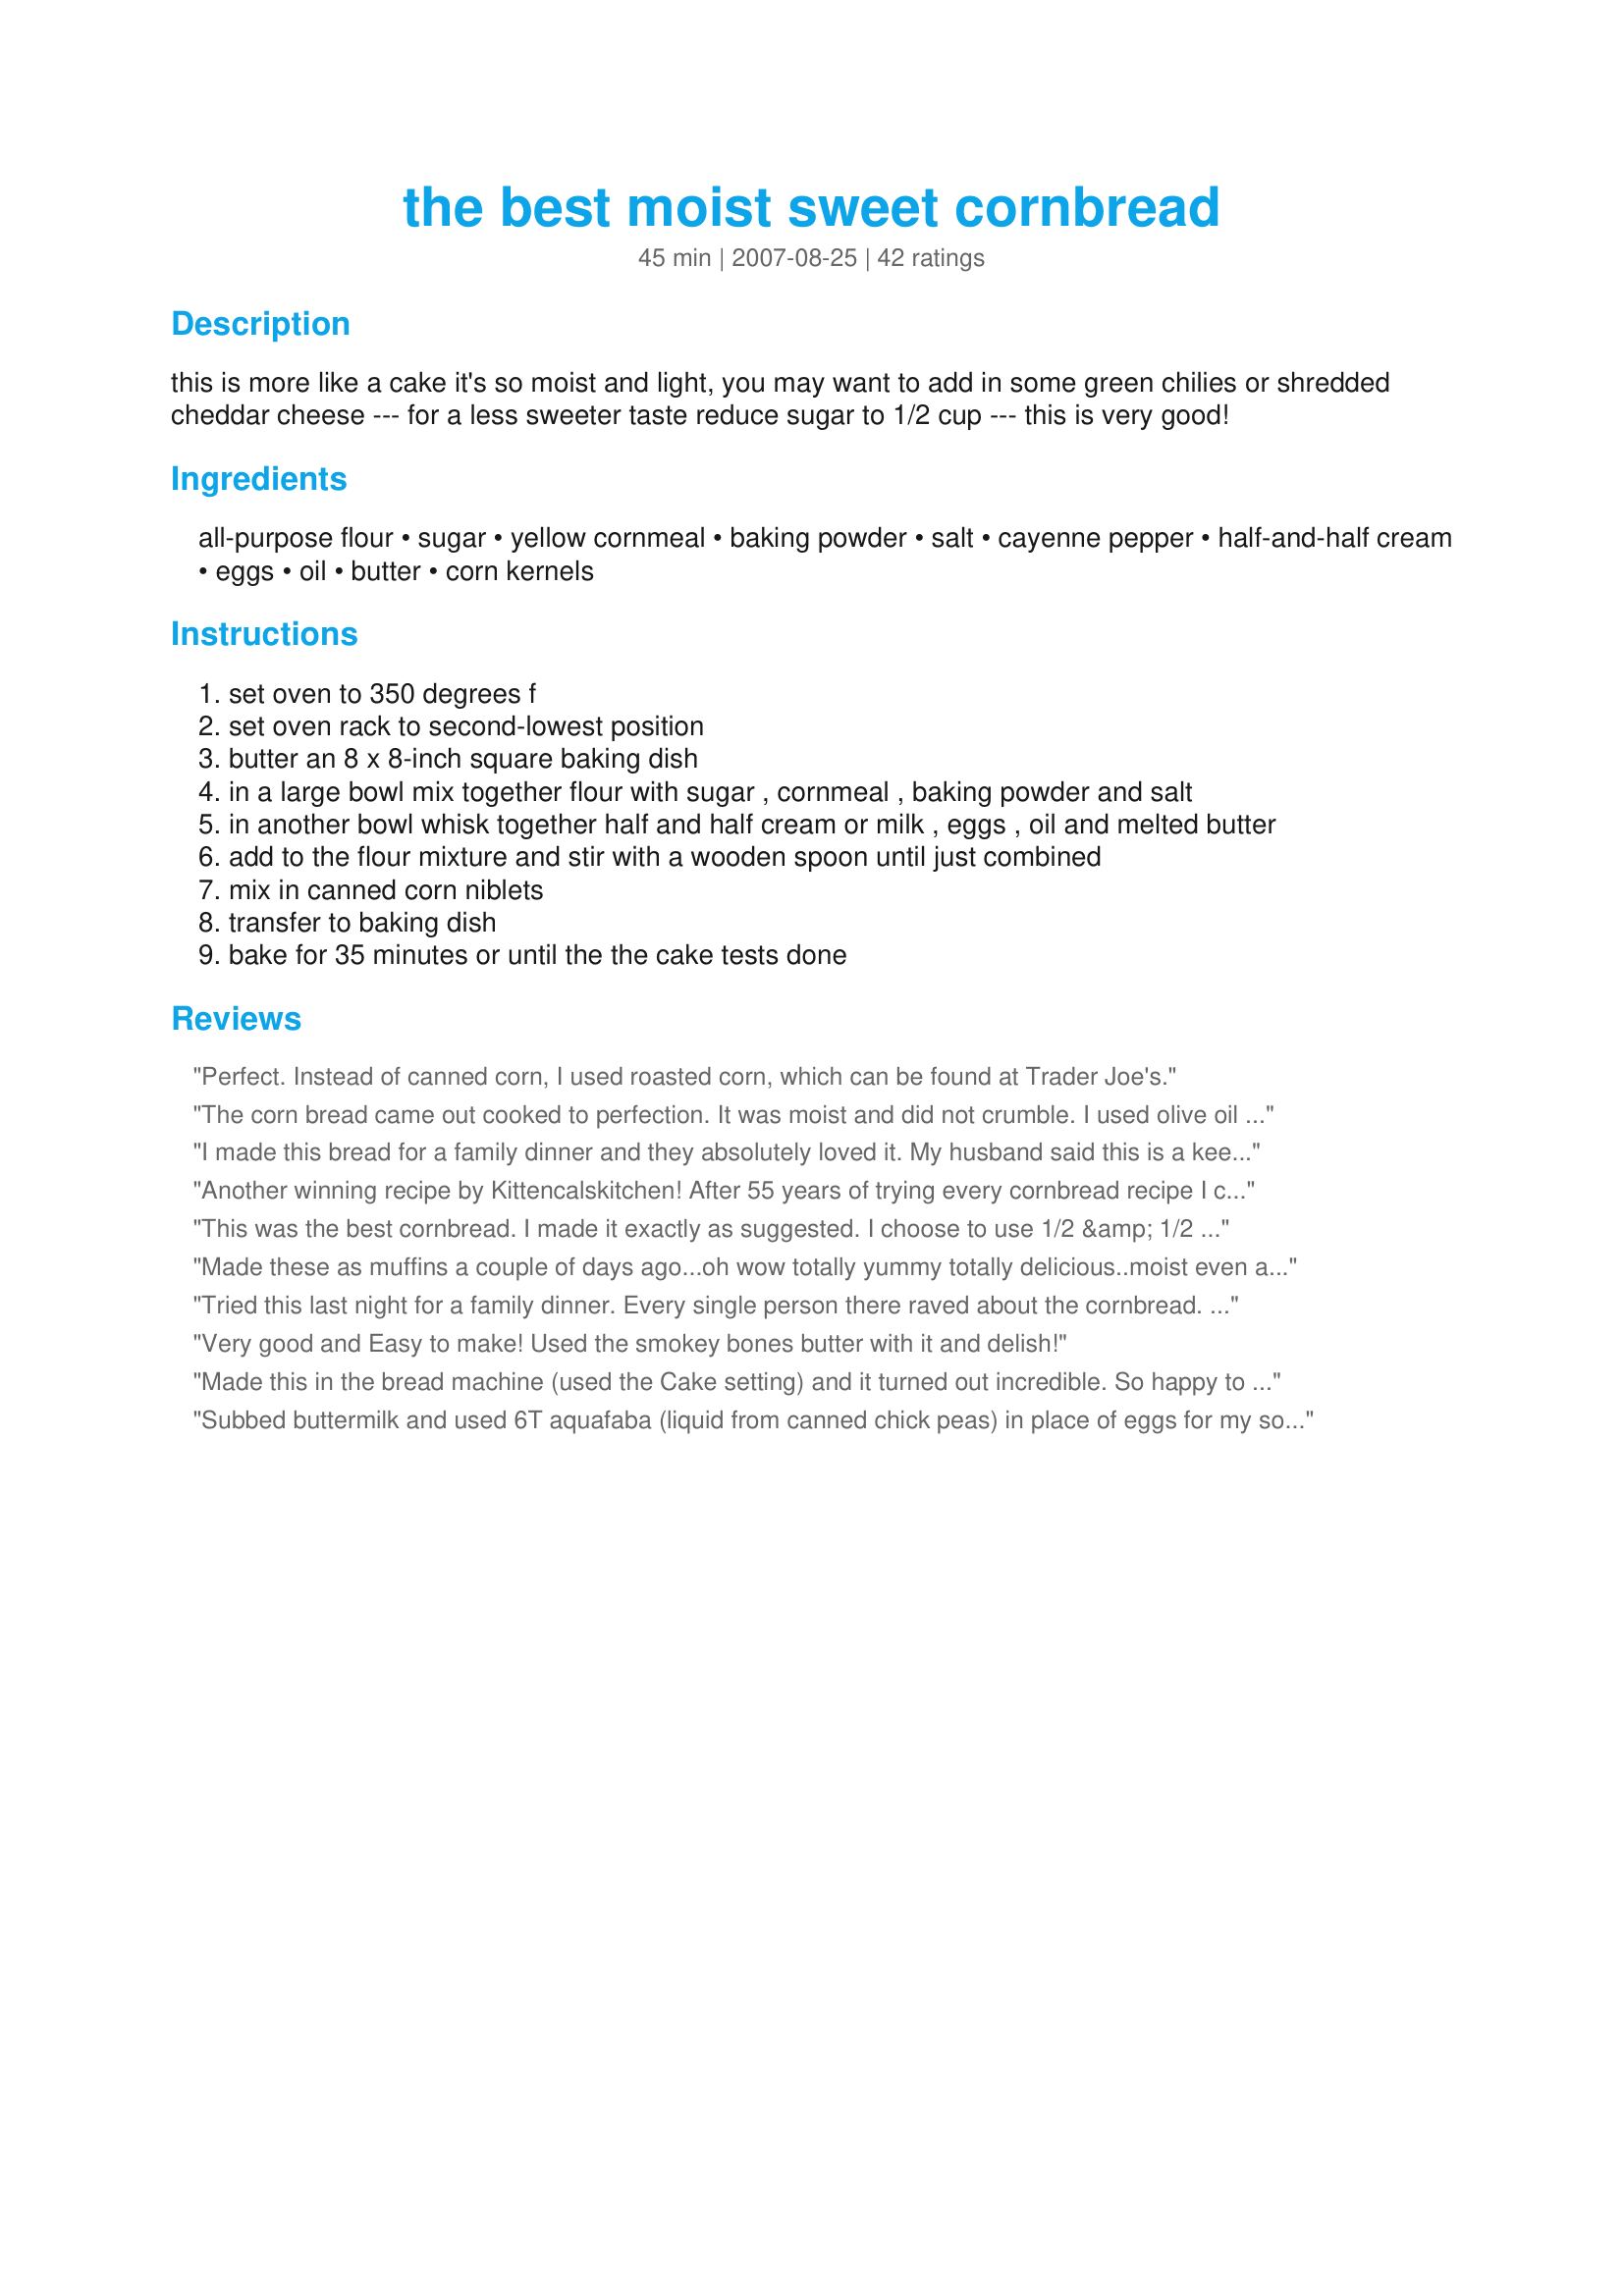
the best moist sweet cornbread
Preparation time: 45 minutes

this is more like a cake it's so moist and light, you may want to add in some green chilies or shredded cheddar cheese --- for a less sweeter taste reduce sugar to 1/2 cup --- this is very good!

Ingredients:
all-purpose flour, sugar, yellow cornmeal, baking powder, salt, cayenne pepper, half-and-half cream, eggs, oil, butter, corn kernels

Steps:
set oven to 350 degrees f
set oven rack to second-lowest position
butter an 8 x 8-inch square baking dish
in a large bowl mix together flour with sugar , cornmeal , baking powder and salt
in another bowl whisk together half and half cream or milk , eggs , oil and melted butter
add to the flour mixture and stir with a wooden spoon until just combined
mix in canned corn niblets
transfer to baking dish
bake for 35 minutes or until the the cake tests done

Reviews:
Perfect.
Instead of canned corn, I used roasted corn, which can be found at Trader Joe's.
The corn bread came out cooked to perfection. It was moist and did not crumble. I used olive oil instead of vegetable oil and I feel vegetable oil would probably be better. That I believe would be my personal taste. The recipe is everything it is cracked up to be.
I made this bread for a family dinner and they absolutely loved it. My husband said this is a keeper. I didn't have enough half & half as the <br/>recipe called for; used 1/2 cup of half & half (fat free) and and 3/4 cup of skim milk.. It took longer to bake then recipe called for. You will not be disappointed with this recipe. I tried other recipes in the past and they were not as moist as this one.
Another winning recipe by Kittencalskitchen! After 55 years of trying every cornbread recipe I could find, this is the ultimate winner. It has first place in my personal recipe book. Thanks Kittencalskitchen for including it.
This was the best cornbread. I made it exactly as suggested. I choose to use 1/2 &amp; 1/2 and no pepper. Like some of the other reviewers it took longer to bake than called for in the recipe, but that wasn&#039;t a problem. This will be the only recipe I will use for cornbread.
Made these as muffins a couple of days ago...oh wow totally yummy totally delicious..moist even after a few days..I did not add the cayenne nor the corn...but delicioso all the same!!! Def will be my go to recipe for corn muffins.
Tried this last night for a family dinner. Every single person there raved about the cornbread. They LOVED it. Hubby says it's the best he's ever had.
Very good and Easy to make! Used the smokey bones butter with it and delish!
Made this in the bread machine (used the Cake setting) and it turned out incredible. So happy to have a moist, sweet cornbread recipe that I can throw together in the bread machine!
Subbed buttermilk and used 6T aquafaba (liquid from canned chick peas) in place of eggs for my son, who has an allergy. Served alongside some chili, this turned out spectacular.
This is hands down the best cornbread I&#039;ve ever made. Made it as written and my husband agreed . . . best yet. For two people, I will cut recipe in half and still have enough for leftovers. My 8
This was absolutely a 5+ dish. I made it at the cabin for hubby's family. They raved about it! I adjusted for high altitude, and omitted corn and cayenne. Served with honey butter and chili. Everyone really loved it though. I got lots of requests for the recipe and compliments. I will definitely be making this again.
Wow, its like eating cake for dinner. We really like the sweet cornbreads and this one is wonderful. DD couldn&#039;t get enough. We served this with a 15 bean soup. Thank you for sharing.
i made this for dinner tonight and it was perfect!! I used 1/2 cup of sugar, half 1/2&1/2 and half milk and a can of corn with peppers already in it. This is a great recipe nad the baking time was right on. Thanks, Kittencal for another keeper.
Excellent recipe, followed as written. The taste is quite sweet and it held together nicely. Like some of the others I used a cast iron pan heated and butter in the bottom. The results were very good. Cooking time was 23mins.
Next time I make, I will cut back on the salt and not use salted butter in the pan! I will also reduce the sugar content, just more of a personal preference. This is a keeper.
I made this cornbread last night and it came out perfectly! It was very moist and had just the right amount of sweetness. I left out the cayenne and the canned corn, and used 1% milk. This recipe is a keeper!
Excellent! Best corn bread recipe I've tried (it's restaurant-quality!). I had a serving with my meal, and another for dessert! I did have to increase the baking time to 40 - 45 minutes, but I have a slow oven. Thanks for posting.
This was the best cornbread that I've ever made. When I'm not in the mood to make it from scratch, I'll use Jiffy. Never again! Sooo moist and such a great taste. Next time, I'll add green chilies which I had, but forgot to include. This one's definitely a keeper!!!
Kittencal's recipes are always great!!! This is no exception!!! It's VERY hard to keep to the one serving! I have little ones so I didn't add the cayenne. Very good!!!!!
Delicious cornbread! The addition of the canned corn made this recipe extra special! The only changes I made were that I used extra large eggs, canola oil and instead of butter, I used "I Can't Believe it's Not Butter". Came out great! Thanks!
This has to be the best cornbread I've ever tasted! Oh, so moist and sweet. It's hard to stop at just one slice! I omitted the cayenne, and used milk & olive oil. This was so rich and delicious, I didn't even find the need to butter the cornbread (which is my custom) before serving! Thanks for posting this gem, Kittencal! :)
Best cornbread ever! Not gritty or dry. It is perfection. I substituted milk/cream for Almond Breeze Almond Milk and butter for Earth Balance baking sticks, to make this recipe DAIRY FREE. Next time, I am also going to sub out the flour and make it gluten free. Compliments all around last night as I took this to a party where Gumbo was the main dish. I did not add in the cayenne pepper. We ate the gumbo over the cornbread and it was absolutely amazing. Then, I had another piece of cornbread for dessert. :)
I'm surprised there aren't more reviews for this! Another great recipe from Kitten! My DD made this tonight to go along with Recipe #96347 and I have to say that I'm very full and satisfied.

This cornbread reminds me of the cornbread served at Marie Callendars restaurants!

I've yet to find a recipe of yours that just doesn't impress my family! Thanks again!
Loved this cornbread...we made it for a July 4th barbecue and I almost forgot to zip it right into my cookbook. It's a keeper!
This cornbread is outrageously good. I didn't want to add the corn so instead I added 2.5 extra tablespoons of cornmeal. I also used canola for the oil because it is more heart-healthy. Make sure to take it out after 35 minutes. This recipe is true to its title. The PERFECT cornbread.
This was great! I made a couple of mods as I like a stronger cornmeal flavor in my cornbread. I used 1 cup of whole wheat flour and 1 cup of cornmeal, also used evaporated milk and opted out on the corn and cayenne pepper. Very good!
I have made this recipe twice in the last 72 hours. I made it for my husband who LOVED IT!!! He told all his co-workers at the fire hall, so I had to make another one for them. It is so easy to make and sooo good. I made the first one with corn and it was awesome. Thanks for a perfect recipe.
Fantastic. Used milk.
This is a wonderful recipe. I used it as the base for my cornbread stuffing although I did omit the corn and the cayenne and reduced the sugar to 1/2 cup. Next time I will make as directed and possible add some cheddar and roasted canned chili's. Thanks for the recipe.
We really enjoyed this cornbread! Using 3/4 cup of sugar, it was slightly too sweet for my tastes, so I'm going to try 1/2 cup next time. We ended up cooking it 15 minutes longer than specified and it still was not completely cooked in the middle, which is unusual considering that things usually end up dry for me since I live in CO! Thanks for posting!
I am not really a fan of cornbread, but I have to say that this recipe has converted me! I did make a change to make this gluten and dairy free: I subbed Gluten Free Caf&eacute; All Purpose baking mix for the regular flour, gluten free masa harina for the cornmeal (because I don&#039;t care for the grittiness of regular cornmeal), and Earth Balance in place of the butter. Just fabulous! Thanks for the great recipe!
I made this for my Son a side for Chili. Doubled the recipe for 9x13 dish. Everyone loved it and the men came up to me to ask for the recipe. A lot of the Dad's like my son cook to help with the Family meals. It was moist, tender not dry. I saw on another recipe to soak the cornmeal in the milk for at least 30 min before mixing rest of ingredients. It is truly delicious. Saved some for a friend ( very picky eater) and he said it was the best he ever had. Thank You for sharing as this will be the recipe I use from now on. ( Only had creamed corn so gave it a whirl in the mini chopper, measured to replace 1/2 of the milk required and added about 1/4 cup more or less just to make sure it was the right consistency. Even the children liked it. Give it a try is moister and a bit sweeter ( not overly ) than other recipes so it appeals to many.
This is very good. Quite cake-like, moist and sweet.
Made this last night for dinner. Did the milk and olive oil options, and substituted half of the all-purpose flour with whole wheat flour. I opted out of the cayenne because my DS doesn't like spicy foods yet. Followed the recipe exactly and DH and I loved it! We didn't even use butter or anything else; it's good all on its own! Forgot my DS doesn't like corn, though, so he only had a few bites. Next time I will make it w/o corn for him, but I think the recipe is perfect, corn and all.
This cornbread is fantastic. I would cut the sugar to a half cup to make it a little less aggressive with the sweetness and use low-fat milk to cut calories. This cornbread is amazingly moist (as advertised), but still has that distinct cornbread texture. The only problem is that it's just me and my husband in the house and we're eating it all up!!!
This cornbread was true to its name and SO easy to make. This recipe did double duty on Thanksgiving. I served it as cornbread and used it in homemade cornbread stuffing. Everyone loved it and was impressed by seeing actual corn! It was gone by Thanksgiving evening. I omitted the cayenne and used milk; had to bake several minutes longer than the recipe to get the center cooked. This was a winner on my first try, THANK YOU for posting!
I made this with Chili and served the chili on top with sauteed corn and cheese. Wow, it was amazing. I used buttermilk and fresh corn and omitted the cayenne pepper. It is more like a cake, but for that's what I like. I hate dry cornbread. Again, this was amazing!!!!
this is the best cornbread you will ever make. i only used 1/2 cup of sugar, regular milk, and one cup of frozen corn that i thawed out first. i added a handful of grated cheese, and 2 spoonfuls of diced green chilis .It was outstanding, but it took a few minutes longer to cook than the time listed, and i think a 9 inch square baking dish would be perfect. it really puffed up high in the 8 inch pan. i plan to use this recipe for cornbread from now on.
This is very good, I didn't use the can of corn and it was perfect. Thanks
Made this today and everyone raved about it. This is the first time I have ever made cornbread and I am totally sold on this recipe. Definitely a keeper
I cut down the sugar to 1/2 cup and used fresh corn kernels from the cob. It took 10 minutes longer in my oven, and when it first came out, I was not that impressed, however, the next day the corn bread was moist and delicious - a winner. Next time I would add more jalepeno peppers.
Kitten, this is really terrific! Your title tells it all : ) There is not a single thing I would change about this recipe. The only suggested additions I made was to add chopped green onion to the mix. It took a bit longer to bake than suggested by about 5 minutes. Delicious, Kittencal!! Thank you again for sharing your excellent recipes : )
